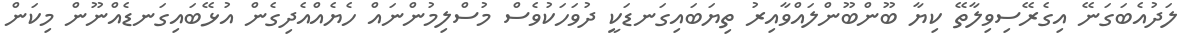
ލަދުއެބަގަނޭ އިގެރޭސިވިލާތޭ ކިޔާ ބޫންބޫންލައްވާއިރު ތިޔަބައިގަނޑަކީ ދުވަހަކުވެސް މުސްލިމުންނައް ހެޔެއްއެދިގެން އުޅޭބައިގަނޑެއްނޫން މިކަން